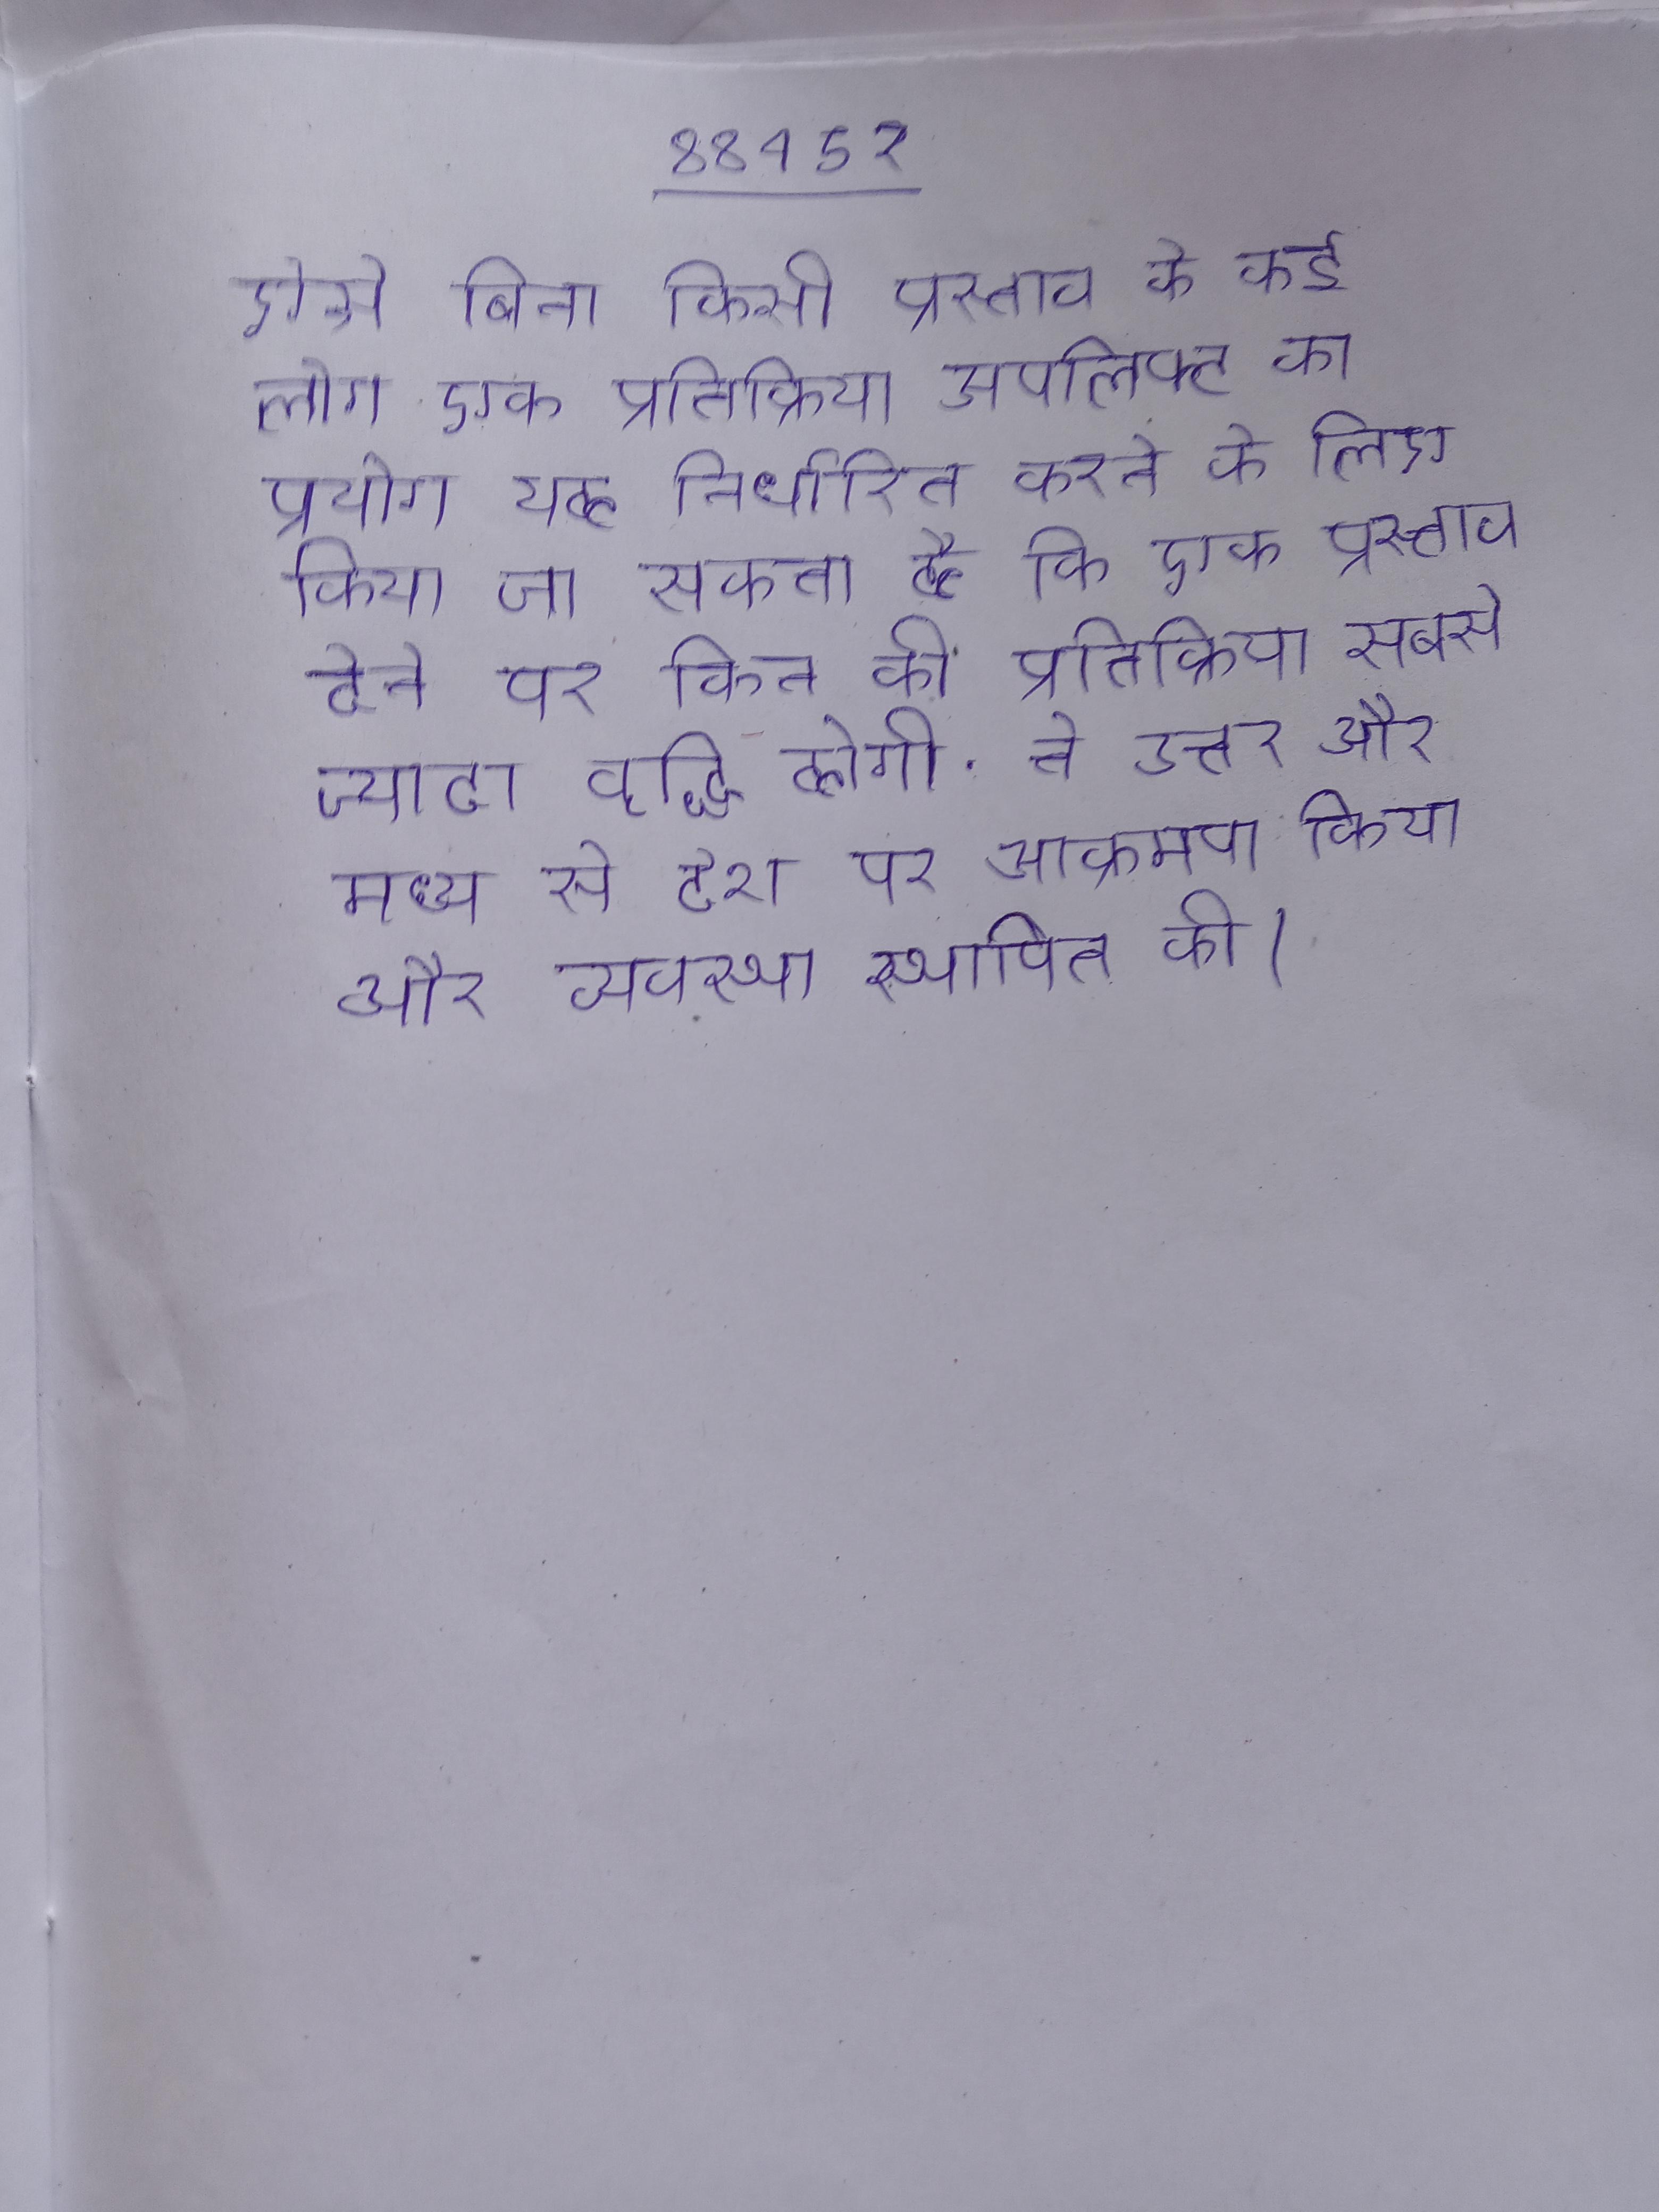
ऐसे बिना किसी प्रस्ताव के कई लोग एक प्रतिक्रिया अपलिफ्ट का प्रयोग यह निर्धारित करने के लिए किया जा सकता है कि एक प्रस्ताव देने पर किन की प्रतिक्रिया सबसे ज्यादा वृद्धि होगी . ने उत्तर और मध्य से देश पर आक्रमण किया और व्यवस्था स्थापित की ।